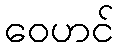
ဝေဟင်